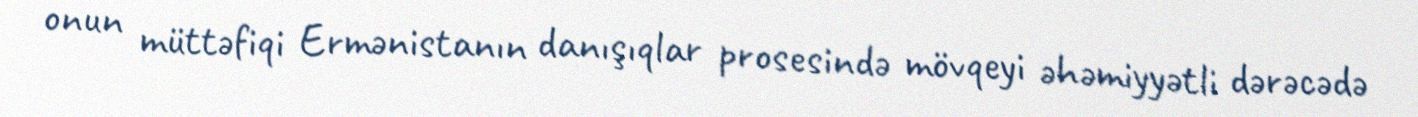
onun müttəfiqi Ermənistanın danışıqlar prosesində mövqeyi əhəmiyyətli dərəcədə